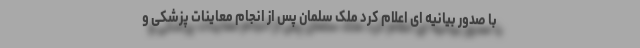
با صدور بیانیه ای اعلام کرد ملک سلمان پس از انجام معاینات پزشکی و